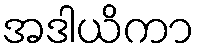
အဒါယိကာ